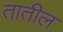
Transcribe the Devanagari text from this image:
तातील